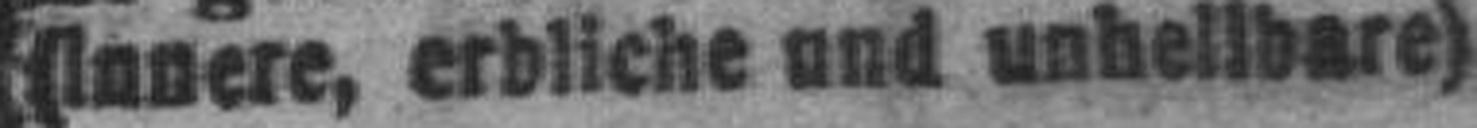
(Innere, erbliche und unheilbare)